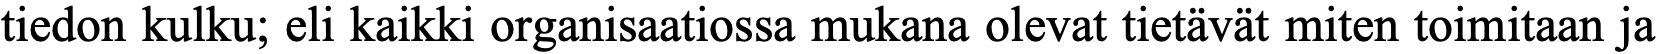
tiedon kulku; eli kaikki organisaatiossa mukana olevat tietävät miten toimitaan ja